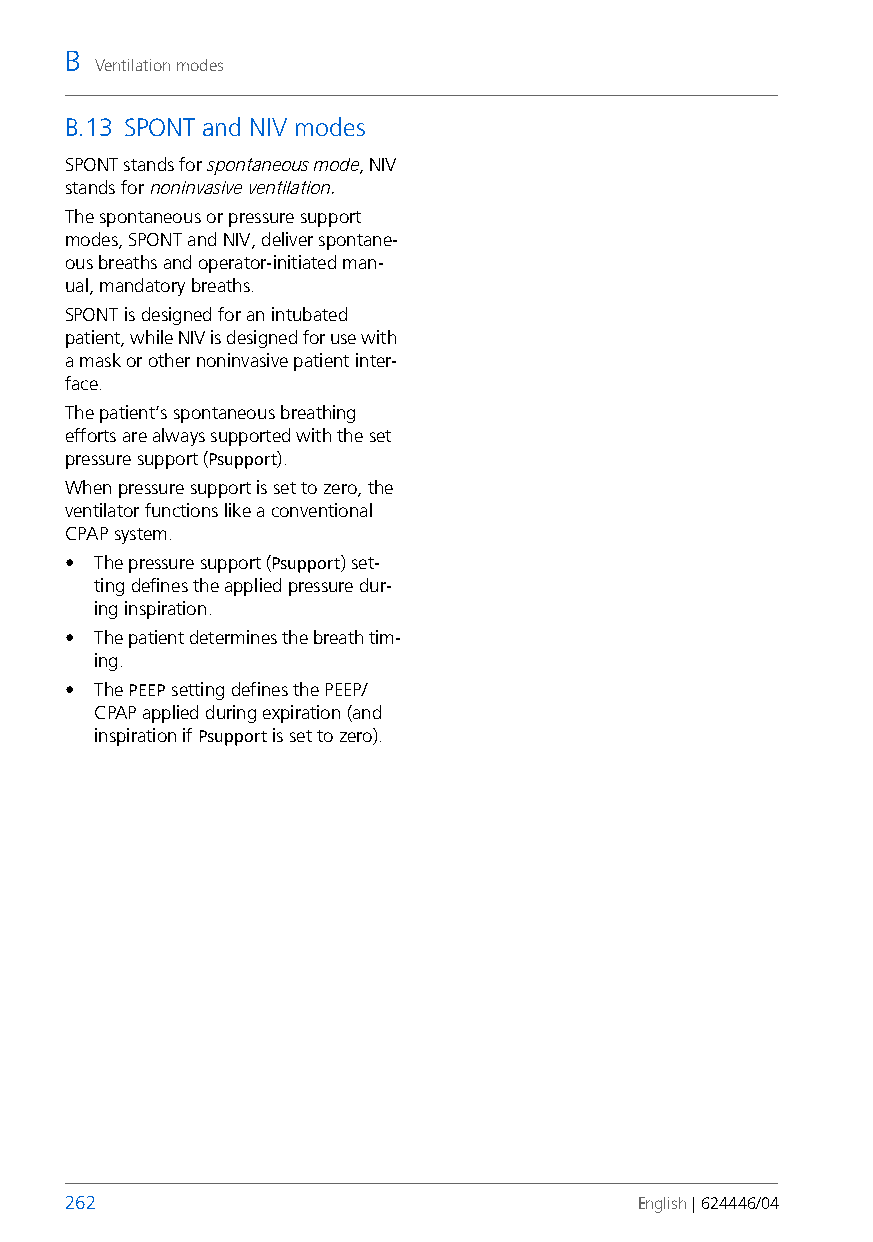
B
 Ventilation modes
 B.13 SPONT and NIV modes
 SPONT stands for spontaneous mode, NIV
 stands for noninvasive ventilation.
 The spontaneous or pressure support
 modes, SPONT and NIV, deliver spontane-
 ous breaths and operator-initiated man-
 ual, mandatory breaths.
 SPONT is designed for an intubated
 patient, while NIV is designed for use with
 a mask or other noninvasive patient inter-
 face.
 The patient’s spontaneous breathing
 efforts are always supported with the set
 pressure support (Psupport).
 When pressure support is set to zero, the
 ventilator functions like a conventional
 CPAP system.
 • The pressure support (Psupport) set-
 ting defines the applied pressure dur-
 ing inspiration.
 • The patient determines the breath tim-
 ing.
 • The PEEP setting defines the PEEP/
 CPAP applied during expiration (and
 inspiration if Psupport is set to zero).
 262                                   English | 624446/04